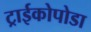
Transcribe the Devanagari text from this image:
ट्राईकोपोडा